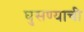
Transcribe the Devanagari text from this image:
घुसण्याची